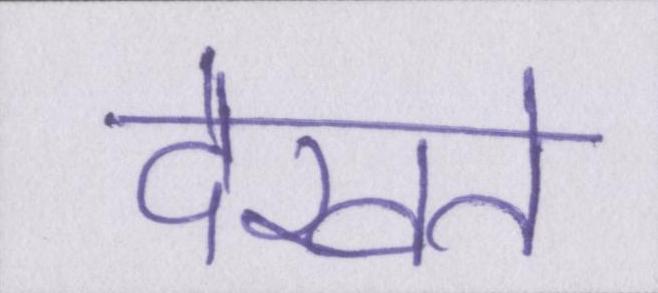
देखते